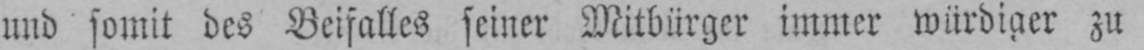
und somit des Beifalles seiner Mitbürger immer würdiger zu